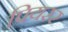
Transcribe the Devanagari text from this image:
पियरर